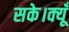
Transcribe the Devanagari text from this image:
सके।क्यूँ